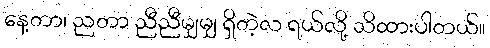
နေ့တာ၊ ညတာ ညီညီမျှမျှ ရှိတဲ့လ ရယ်လို့ သိထားပါတယ်။